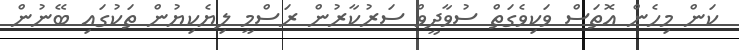
ކަން މިހެން އޮތަސް ވަކިވެގަތް ސުވާދީވް ސަރުކާރުން ރަސްމީ ލިޔެކިޔުން ތަކުގައި ބޭނުން